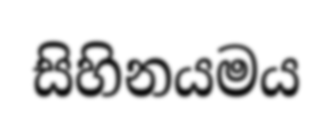
සිහිනයමය